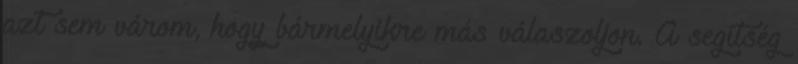
azt sem várom, hogy bármelyikre más válaszoljon. A segítség